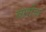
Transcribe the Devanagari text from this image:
वादींचा